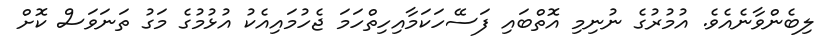
ލިބެންވާނެއެވެ. އުމުރުގެ ނުނިމި އޮތްބައި ފަސޭހަކަމާއިހިތްހަމަ ޖެހުމައިއެކު އުޅުމުގެ މަގު ތަނަވަސް ކޮށް